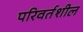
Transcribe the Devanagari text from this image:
परिवर्तशील